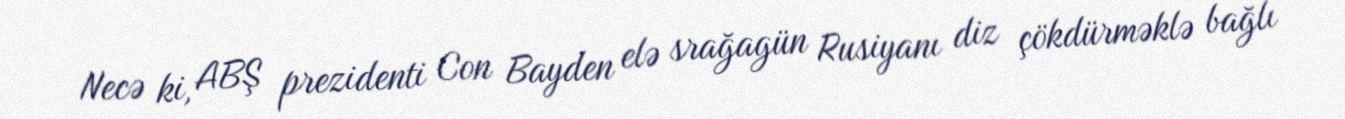
Necə ki, ABŞ prezidenti Con Bayden elə srağagün Rusiyanı diz çökdürməklə bağlı